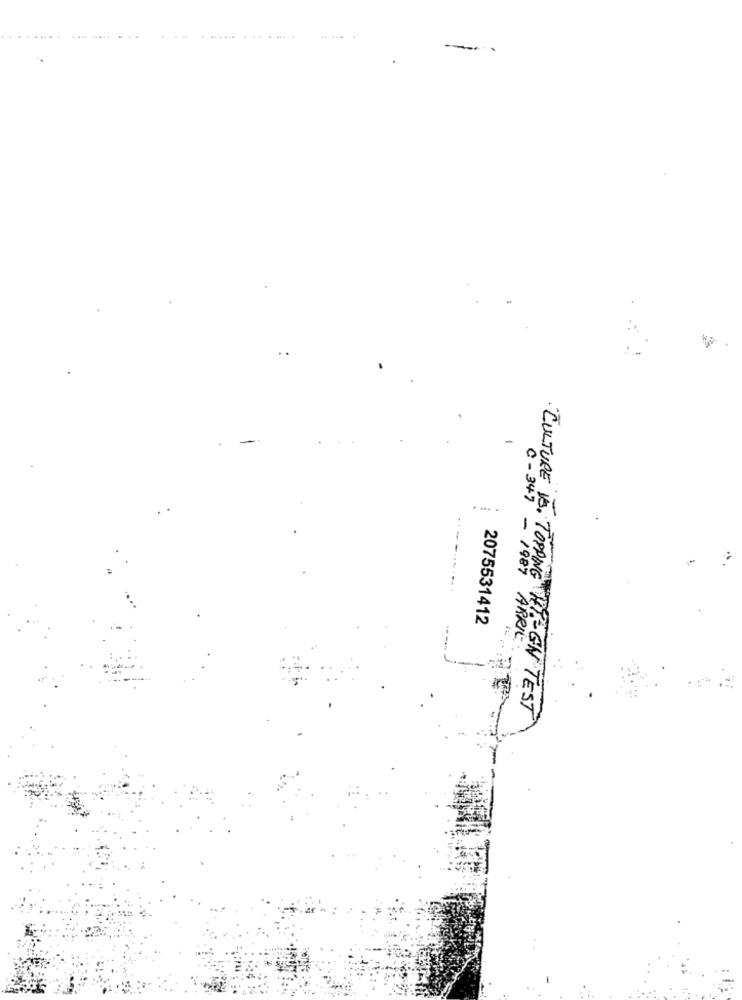
-----
-
. ... .
C - 347 - 1987
"CULTURE VS. TOPPING
2075531412
ARRIE
IG HISEN TEST